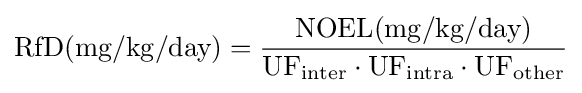
\mathrm {RfD} \mathrm {(mg/kg/day)} ={\mathrm {NOEL} \mathrm {(mg/kg/day)}  \over \mathrm {UF} _{\mathrm {inter} }\cdot \mathrm {UF} _{\mathrm {intra} }\cdot \mathrm {UF} _{\mathrm {other} }}